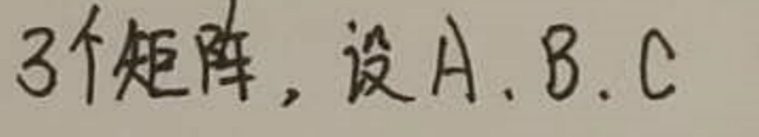
3个矩阵，设$A,B,C$